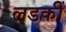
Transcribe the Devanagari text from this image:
लडकीं